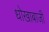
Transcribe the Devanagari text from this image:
धोखाबाजी